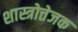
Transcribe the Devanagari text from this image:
शास्त्रोत्तेजक